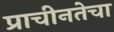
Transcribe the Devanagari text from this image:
प्राचीनतेचा